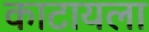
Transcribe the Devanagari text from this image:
काटायला